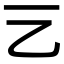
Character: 𠀂